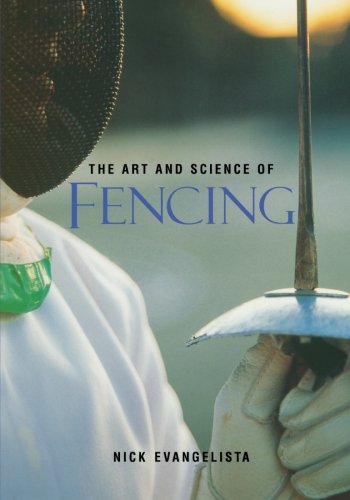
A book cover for The Art and Science of Fencing; Nick Evangelista; Sports & Outdoors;